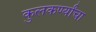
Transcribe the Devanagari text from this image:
कुलकर्ण्यांचा